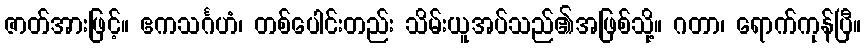
ဇာတ်အားဖြင့်။ ဧကသင်္ဂဟံ၊ တစ်ပေါင်းတည်း သိမ်းယူအပ်သည်၏အဖြစ်သို့။ ဂတာ၊ ရောက်ကုန်ပြီ။